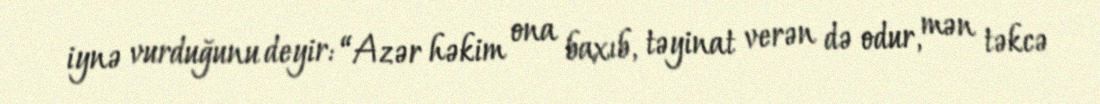
iynə vurduğunu deyir: “Azər həkim ona baxıb, təyinat verən də odur, mən təkcə